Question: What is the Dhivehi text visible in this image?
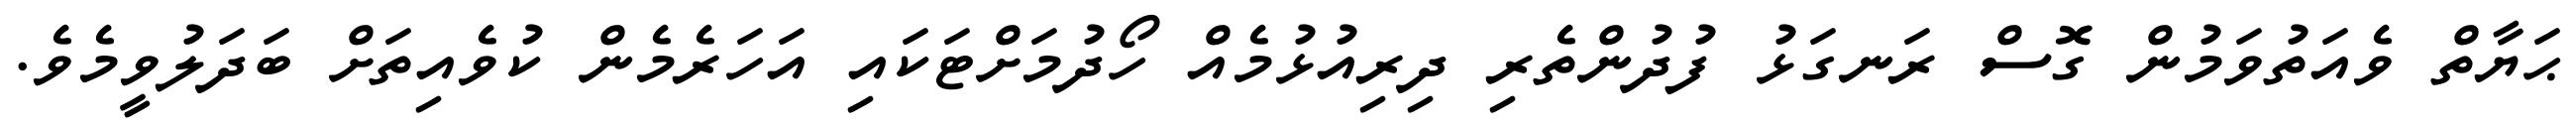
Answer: ޙަޔާތް ވެއަތުވަމުން ގޮސް ރަނގަޅު ފުދުންތެރި ދިރިއުޅުމެއް ހޯދުމަށްޓަކައި އަހަރެމެން ކުވެއިތަށް ބަދަލުވީމެވެ.